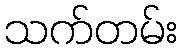
သက်တမ်း